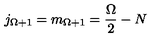
j _ { \Omega + 1 } = m _ { \Omega + 1 } = \frac { \Omega } { 2 } - N